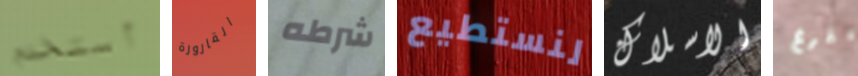
أستخدم القارورة شرطه لنستطيع الاسلاك يفرغ